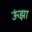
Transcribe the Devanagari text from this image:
ऊंझा